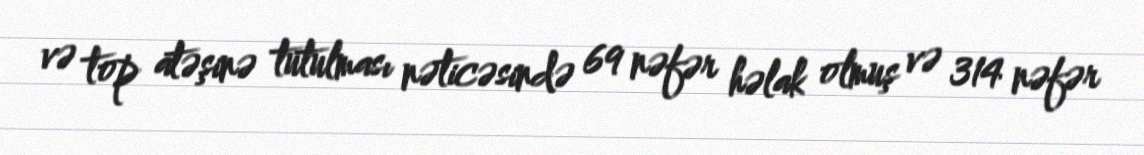
və top atəşinə tutulması nəticəsində 69 nəfər həlak olmuş və 314 nəfər